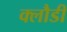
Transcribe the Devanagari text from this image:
क्लौडी